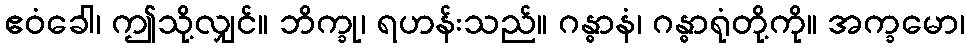
ဧဝံခေါ၊ ဤသို့လျှင်။ ဘိက္ခု၊ ရဟန်းသည်။ ဂန္ဓာနံ၊ ဂန္ဓာရုံတို့ကို။ အက္ခမော၊